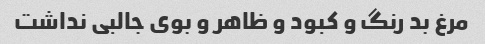
مرغ بد رنگ و کبود و ظاهر و بوی جالبی نداشت